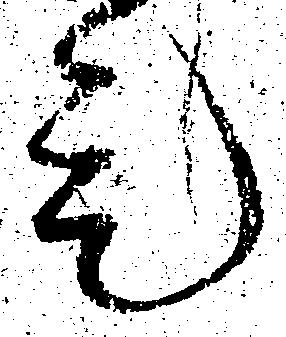
是